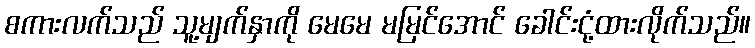
စကားလက်သည် သူ့မျက်နှာကို မေမေ မမြင်အောင် ခေါင်းငုံ့ထားလိုက်သည်။